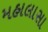
મહાલાસા